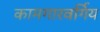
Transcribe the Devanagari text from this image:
कामगारवर्गिय